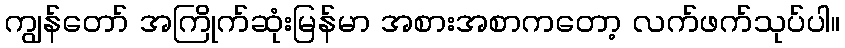
ကျွန်တော် အကြိုက်ဆုံးမြန်မာ အစားအစာကတော့ လက်ဖက်သုပ်ပါ။